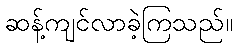
ဆန့်ကျင်လာခဲ့ကြသည်။